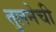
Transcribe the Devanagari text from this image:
तुलनेची